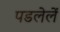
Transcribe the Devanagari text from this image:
पडलेलें